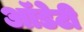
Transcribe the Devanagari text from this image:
ऑडेटी